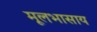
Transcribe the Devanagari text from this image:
मूलभासाय